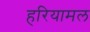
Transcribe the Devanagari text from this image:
हरियामल